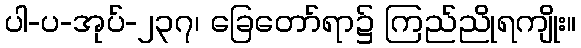
ပါ-ပ-အုပ်-၂၃၇၊ ခြေတော်ရာ၌ ကြည်ညိုရကျိုး။